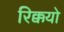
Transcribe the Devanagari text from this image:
रिक्कयो